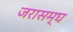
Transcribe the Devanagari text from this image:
जरासम्घ